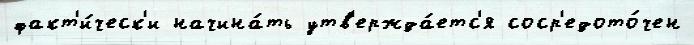
факт'и́ческ'и начина́ть утв'ержда́етс'я соср'едото́чен